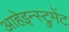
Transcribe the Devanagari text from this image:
आहेइन्स्ट्रुमेंट